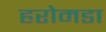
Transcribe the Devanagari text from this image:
हरोमडा